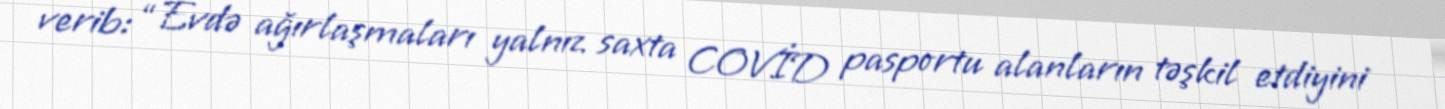
verib: “Evdə ağırlaşmaları yalnız saxta COVİD pasportu alanların təşkil etdiyini